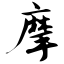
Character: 摩